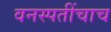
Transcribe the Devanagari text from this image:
वनस्पतींचाच